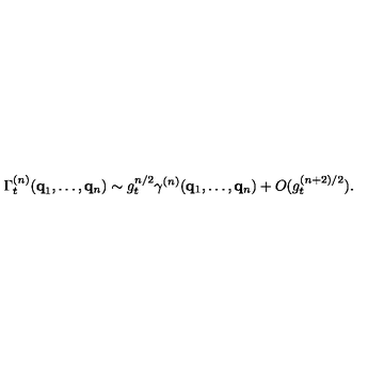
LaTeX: \Gamma _ { t } ^ { ( n ) } ( { \bf { q } } _ { 1 } , \ldots , { \bf { q } } _ { n } ) \sim g _ { t } ^ { n / 2 } \gamma ^ { ( n ) } ( { \bf { q } } _ { 1 } , \ldots , { \bf { q } } _ { n } ) + O ( g _ { t } ^ { ( n + 2 ) / 2 } ) .